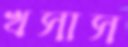
খসাস